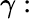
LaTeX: \gamma: